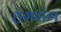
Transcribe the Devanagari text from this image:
हंगरांग